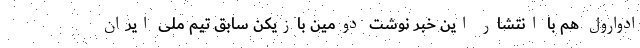
ادوارول هم با انتشار این خبر نوشت دومین بازیکن سابق تیم ملی ایران